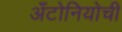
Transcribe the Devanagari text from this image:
अँटोनियोची